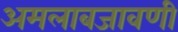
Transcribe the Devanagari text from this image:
अमलाबजावणी